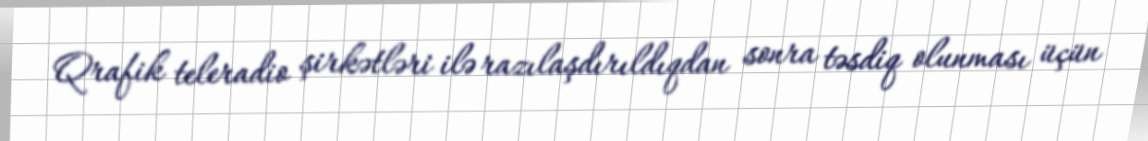
Qrafik teleradio şirkətləri ilə razılaşdırıldıqdan sonra təsdiq olunması üçün